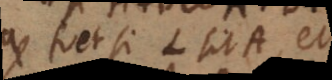
fiet si L sit A et